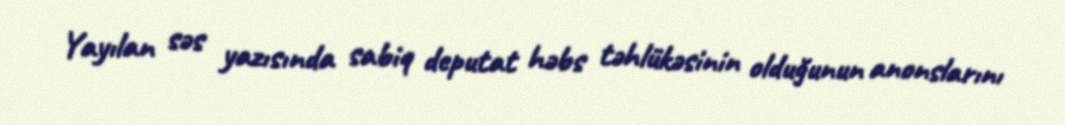
Yayılan səs yazısında sabiq deputat həbs təhlükəsinin olduğunun anonslarını